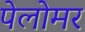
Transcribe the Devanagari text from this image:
पेलोमर